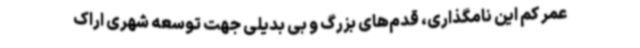
عمر کم این نامگذاری، قدم‌های بزرگ و بی بدیلی جهت توسعه شهری اراک